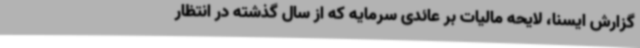
گزارش ایسنا، لایحه مالیات بر عائدی سرمایه که از سال گذشته در انتظار